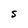
Character: S